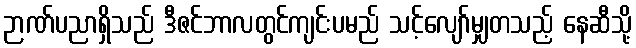
ဉာဏ်ပညာရှိသည် ဒီဇင်ဘာလတွင်ကျင်းပမည် သင့်လျော်မျှတသည့် နေဆီသို့